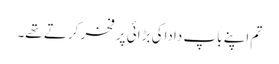
تم اپنے باپ داداکی بڑائی پر فخر کرتے تھے۔